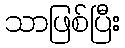
သာဖြစ်ပြီး